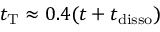
t _ { \mathrm { T } } \approx 0 . 4 ( t + t _ { \mathrm { d i s s o } } )